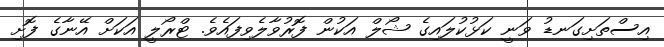
އިސްތަށިގަނޑު ވަނީ ކަޅުކުލައިގެ ޝޯލް އަކުން ފޮރުވާލެވިފައެވެ. ޓްރޯލީ އަކަށް އޭނާގެ ފޮށި